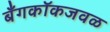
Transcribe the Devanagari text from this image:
बँगकॉकजवळ